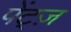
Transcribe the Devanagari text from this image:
पेंट्ज़